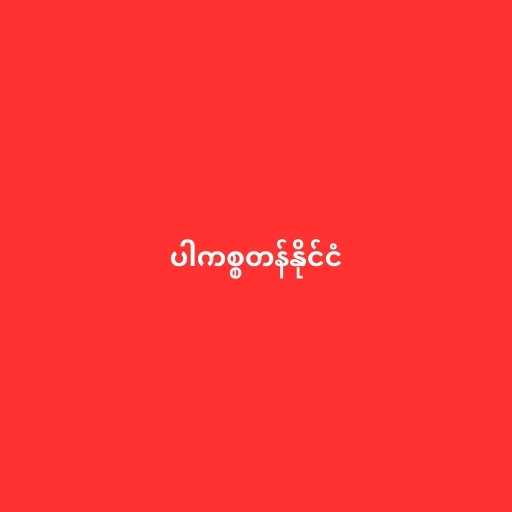
ပါကစ္စတန်နိုင်ငံ